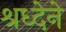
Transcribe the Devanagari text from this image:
श्रध्देने